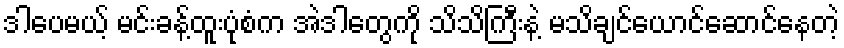
ဒါပေမယ့် မင်းခန့်ထူးပုံစံက အဲဒါတွေကို သိသိကြီးနဲ့ မသိချင်ယောင်ဆောင်နေတဲ့